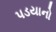
પડયાનો